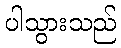
ပါသွားသည်